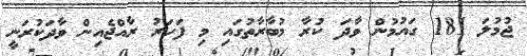
ޖުމުލަ 181 ގައުމުން ވާދަ ކުރާ މުބާރާތުގައި މި ފަހަރު ރާއްޖެއިން ވާދަކުރަނީ